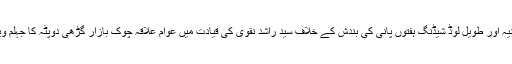
09 جون2018ء) بجلی کی غیر اعلانیہ اور طویل لوڈ شیڈنگ ہفتوں پانی کی بندش کے خلاف سید راشد نقوی کی قیادت میں عوام علاقہ چوک بازار گڑھی دوپٹہ کا جہلم ویلی روڈ بند کر کے احتجاجی مظاہرہ ۔